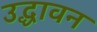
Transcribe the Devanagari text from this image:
उद्धावन